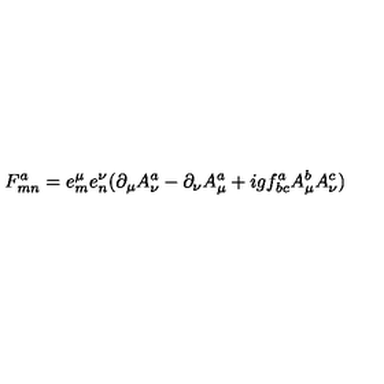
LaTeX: F _ { m n } ^ { a } = e _ { m } ^ { \mu } e _ { n } ^ { \nu } ( \partial _ { \mu } A _ { \nu } ^ { a } - \partial _ { \nu } A _ { \mu } ^ { a } + i g f _ { b c } ^ { a } A _ { \mu } ^ { b } A _ { \nu } ^ { c } )